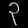
Digit: ၃